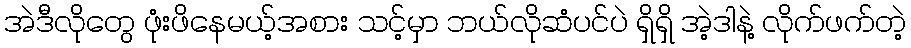
အဲဒီလိုတွေ ဖုံးဖိနေမယ့်အစား သင့်မှာ ဘယ်လိုဆံပင်ပဲ ရှိရှိ အဲ့ဒါနဲ့ လိုက်ဖက်တဲ့